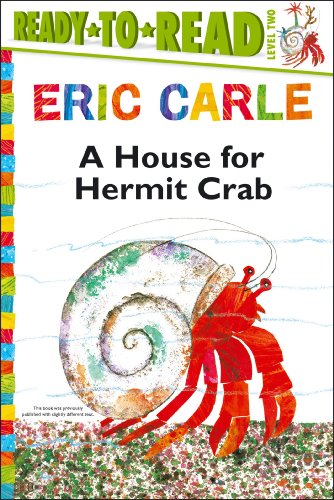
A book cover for A House for Hermit Crab (The World of Eric Carle); Eric Carle; Children's Books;